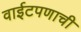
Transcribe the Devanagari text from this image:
वाईटपणाची